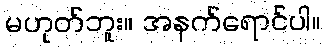
မဟုတ်ဘူး။ အနက်ရောင်ပါ။